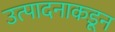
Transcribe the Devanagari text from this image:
उत्पादनाकडून